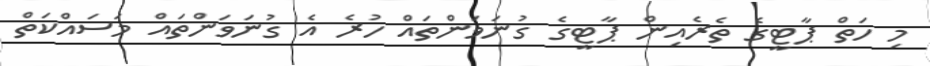
މި ހަތް ޕާޓީގެ ތެރެއިން ޕާޓީގެ ގުނަވަންތައް ހުރެ އެ ގުނަވަންތައް މަސައްކަތް